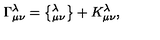
\Gamma _ { \mu \nu } ^ { \lambda } = \left\{ _ { \mu \nu } ^ { \lambda } \right\} + K _ { \mu \nu } ^ { \lambda } ,